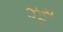
ઝૂસ